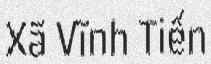
Xã Vĩnh Tiến